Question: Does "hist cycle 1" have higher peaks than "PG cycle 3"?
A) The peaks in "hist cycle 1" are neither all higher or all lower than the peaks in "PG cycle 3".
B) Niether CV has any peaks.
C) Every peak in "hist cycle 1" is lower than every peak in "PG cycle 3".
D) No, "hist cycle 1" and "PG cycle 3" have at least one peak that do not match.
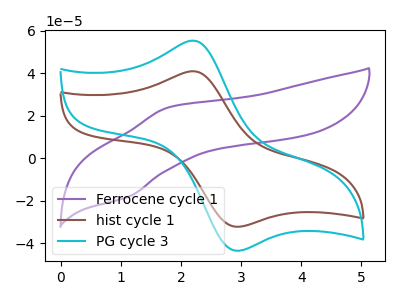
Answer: <think>The purple curve "Ferrocene cycle 1" has an anodic peak at (1.80V, 23.95uA) and a cathodic peak at (1.15V, -17.95uA). The brown curve "hist cycle 1" has an anodic peak at (2.20V, 41.05uA) and a cathodic peak at (2.90V, -32.20uA). The cyan curve "PG cycle 3" has an anodic peak at (2.20V, 55.45uA) and a cathodic peak at (2.90V, -43.50uA).</think>
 <answer>C) Every peak in "hist cycle 1" is lower than every peak in "PG cycle 3".</answer>
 <eval>C</eval>